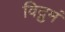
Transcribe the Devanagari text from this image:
विद्रुमं